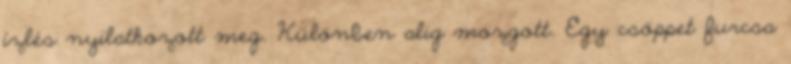
ízlés nyilatkozott meg. Különben alig mozgott. Egy csöppet furcsa